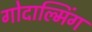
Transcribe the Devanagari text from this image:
गोदाल्मिंग